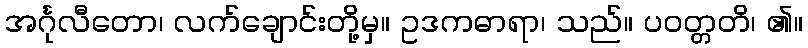
အင်္ဂုလီတော၊ လက်ချောင်းတို့မှ။ ဥဒကဓာရာ၊ သည်။ ပဝတ္တတိ၊ ၏။